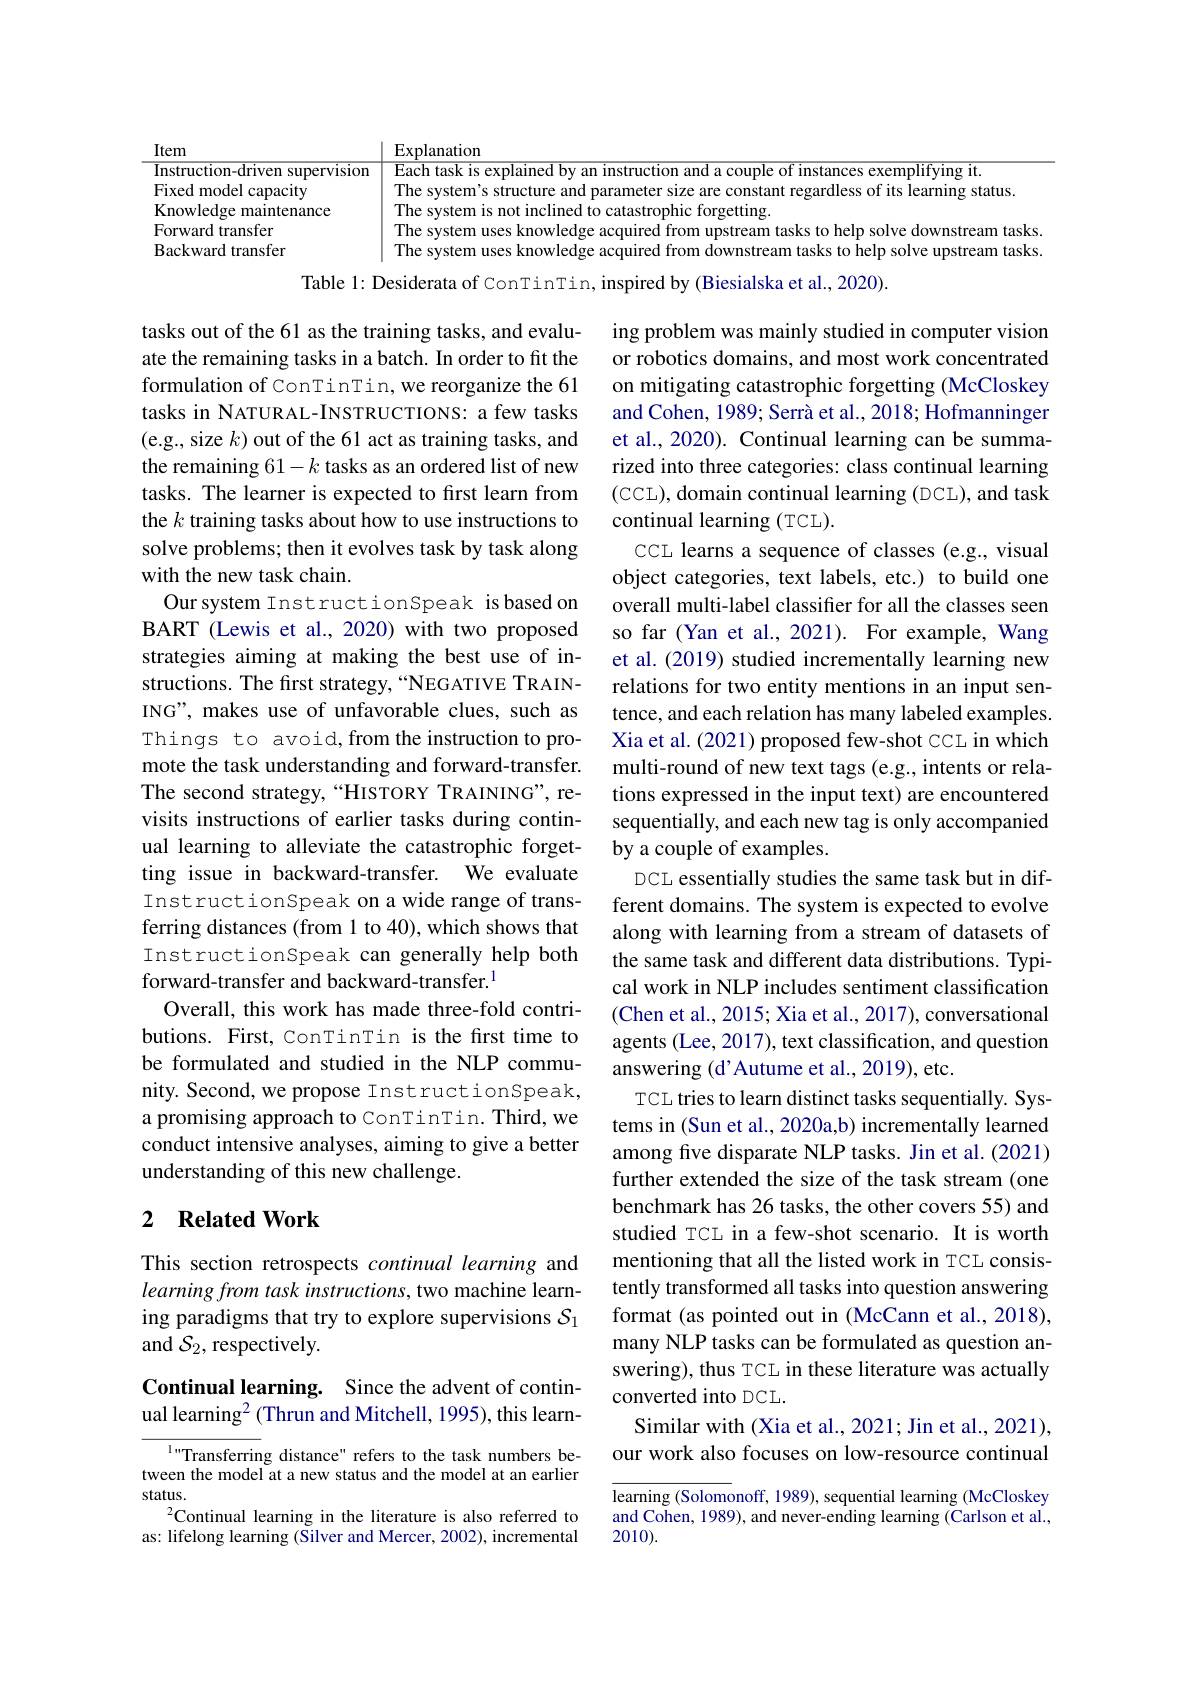
Item
$\operatorname{Explanation}$
Instruction-driven supervision Each task is explained by an instruction and a couple of instances exemplifying it.
Fixed model capacity
The system's structure and parameter size are constant regardless of its learning status.
Knowledge maintenance
The system is not inclined to catastrophic forgetting.
Forward transfer
The system uses knowledge acquired from upstream tasks to help solve downstream tasks.
Backward transfer
The system uses knowledge acquired from downstream tasks to help solve upstream tasks

Table l: Desiderata of ConTinTin, inspired by (Biesialska et al., 2020).

tasks out of the 61 as the training tasks, and evaluate the remaining tasks in a batch. In order to fit the formulation of ConTinTin, we reorganize the 61 tasks in NATURAL-INSTRUCTIONS: a few tasks (e.g., size $k)$ out of the 61 act as training tasks, and the remaining 61-k tasks as an ordered list of new tasks. The learner is expected to first learn from the $k$ training tasks about how to use instructions to solve problems; then it evolves task by task along with the new task chain.
Our system InstructionSpeak isbased on BART (Lewis et al., 2020) with two proposed strategies aiming at making the best use of instructions. The first strategy,“NEGATIVE TRAINING", makes use of unfavorable clues, such as Things to avoid,from the instruction to promote the task understanding and forward-transfer. The second strategy,“HISTORY TRAINING", revisits instructions of earlier tasks during continual learning to alleviate the catastrophic forgetting issue in backward-transfer. We evaluate InstructionSpeak on a wide range of transferring distances (from 1 to 40), which shows that InstructionSpeak can generally help both forward-transfer and backward-transfer.$^{1}$
Overall, this work has made three-fold contributions. First, ConTinTin is the first time to be formulated and studied in the NLP community. Second, we propose InstructionSpeak, a promising approach to ConTinTin. Third, we conduct intensive analyses, aiming to give a better understanding of this new challenge.

ing problem was mainly studied in computer vision or robotics domains, and most work concentrated on mitigating catastrophic forgetting (McCloskey and Cohen, 1989; Serrà et al., 2018; Hofmanninger et al., 2020). Continual learning can be summarized into three categories: class continual learning (CCL), domain continual learning (DCL), and task continual learning (TCL).
CCL learns a sequence of classes (e.g., visual object categories, text labels, etc.) to build one overall multi-label classifier for all the classes seen so far (Yan et al., 2021). For example, Wang et al.(2019) studied incrementally learning new relations for two entity mentions in an input sentence, and each relation has many labeled examples. Xia et al. (2021) proposed few-shot CCL in which multi-round of new text tags (e.g., intents or relations expressed in the input text) are encountered sequentially, and each new tag is only accompanied by a couple of examples.
DCL essentially studies the same task but in different domains. The system is expected to evolve along with learning from a stream of datasets of the same task and different data distributions. Typical work in NLP includes sentiment classification (Chen et al., 2015; Xia et al., 2017), conversational agents (Lee, 2017), text classification, and question answering (d'Autume et al., 2019), etc.
TCL tries to learn distinct tasks sequentially. Systems in (Sun et al., 2020a,b) incrementally learned among five disparate NLP tasks. Jin et al.(2021) further extended the size of the task stream (one benchmark has 26 tasks, the other covers 55) and studied TCL in a few-shot scenario. It is worth mentioning that all the listed work in TCL consistently transformed all tasks into question answering format (as pointed out in (McCann et al., 2018), many NLP tasks can be formulated as question answering), thus TCL in these literature was actually converted into DCL.
Similar with (Xia et al., 2021; Jin et al., 2021), our work also focuses on low-resource continual learning (Solomonoff, 1989), sequential learning (McCloskey

## 2 $\textbf{Related Work}$

This section retrospects continual learning and $learningfrom\textit{ task instructions, two machine learn- }$ ing paradigms that try to explore supervisions $\mathcal{S}_1$ and $\mathcal{S}_2$,respectively.

Continual learning. Since the advent of continual learning$^2($Thrun and Mitchell, 1995), this learn-

${^{1}\text{Transferrin}}$g distance" refers to the task numbers between the model at a new status and the model at an earlier status.
$^2$Continual learning in the literature is also referred to as: lifelong learning (Silver and Mercer, 2002), incremental

and Cohen, 1989), and never-ending learning (Carlson et al.,
2010).